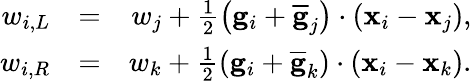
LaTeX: \begin{array}{rlr}{w_{i,L}}&{=}&{w_{j}+\frac{1}{2}\left({\mathbf g}_{i}+\overline{{\mathbf g}}_{j}\right)\cdot({\mathbf x}_{i}-{\mathbf x}_{j}),}\\ {w_{i,R}}&{=}&{w_{k}+\frac{1}{2}\left({\mathbf g}_{i}+\overline{{\mathbf g}}_{k}\right)\cdot({\mathbf x}_{i}-{\mathbf x}_{k}).}\end{array}